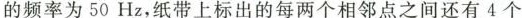
的频率为50Hz，纸带上标出的每两个相邻点之间还有4个